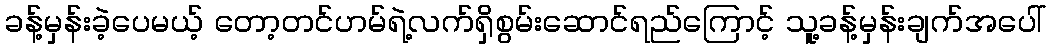
ခန့်မှန်းခဲ့ပေမယ့် တော့တင်ဟမ်ရဲ့လက်ရှိစွမ်းဆောင်ရည်ကြောင့် သူ့ခန့်မှန်းချက်အပေါ်